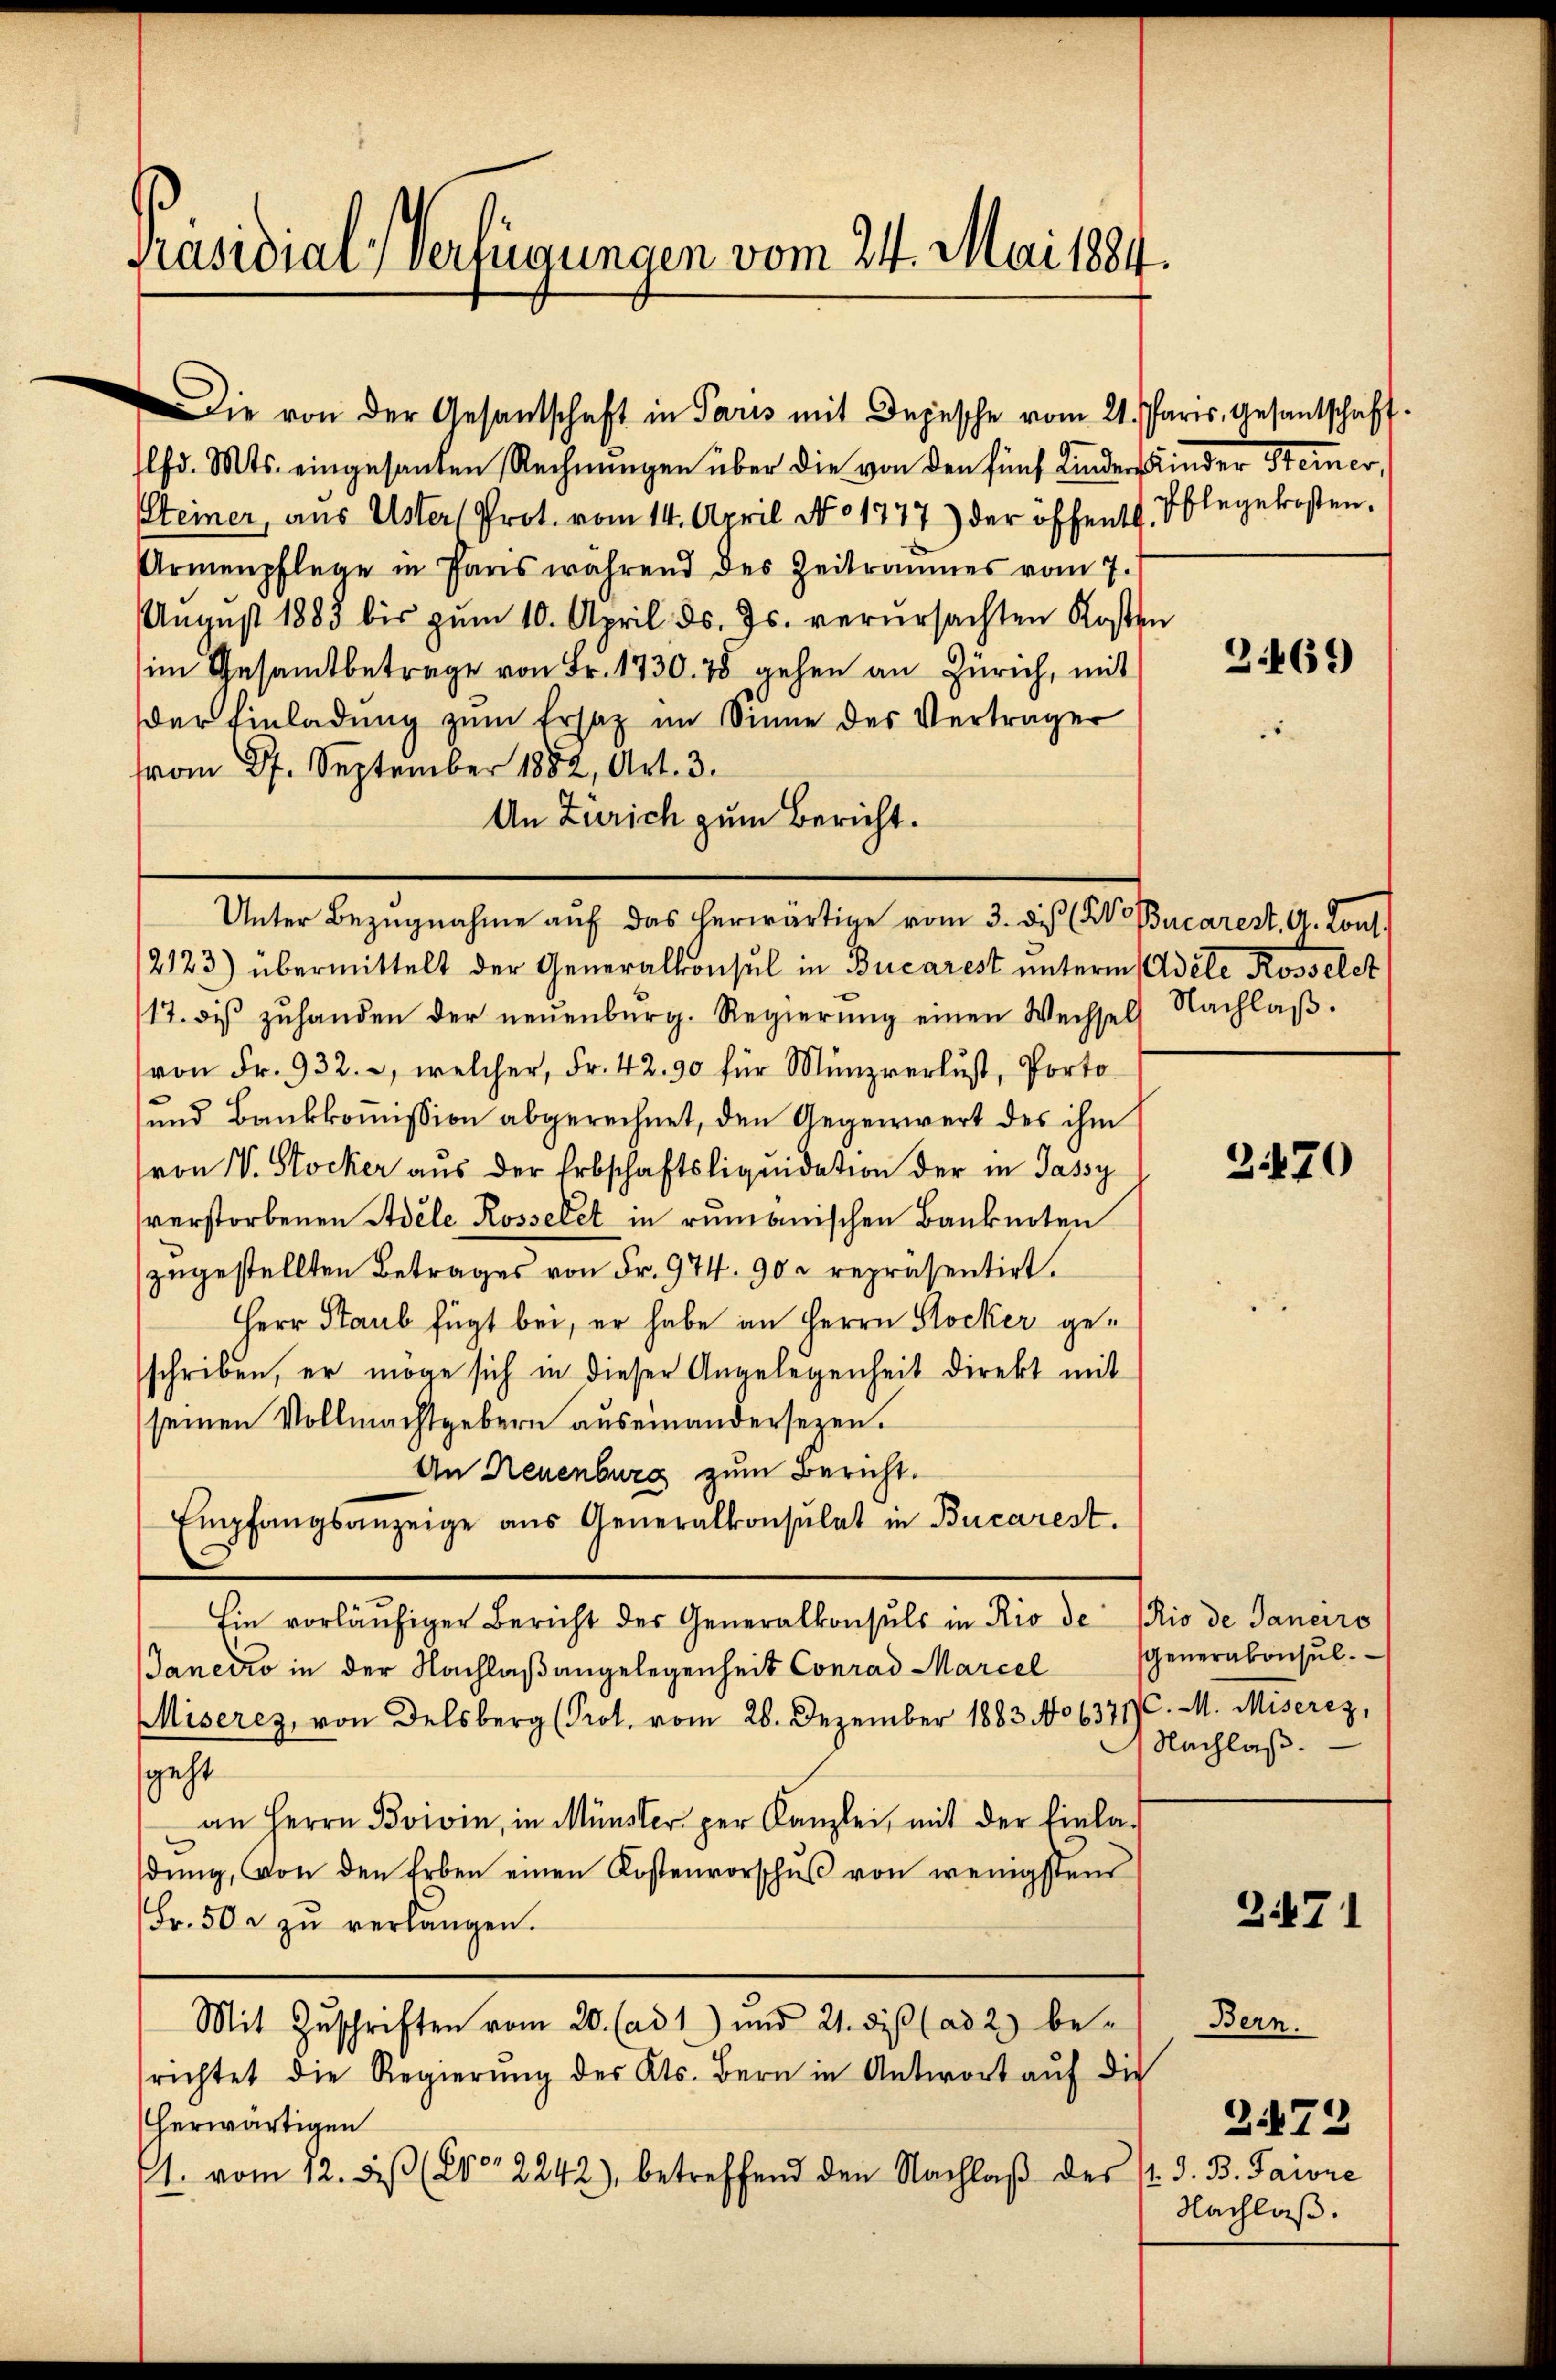
Präsidial-Verfügungen vom 24. Mai 1884.

lfd. Mts. eingesanten Rechnŭngen über die von den fünf Kinder Kinder Steiner,
Steiner, aus Uster Prot. vom 14. April No 1777) der öffentl. Ablegekosten.
Armenpflege in Paris während des Zeitraumes vom 7.
August 1883 bis zŭm 10. April ds. Js. verursachten Kosten
(im Gesamtbetrage von Fr. 1730. 75 gehen an Zürich, mit
der Einladung zŭm Ersatz im Sinne des Verträger
vom 27. September 1852, Art. 3.
An Zürich zum Bericht.
2123) übermittelt der Generalkonsul in Bucarest unterm Adele Rosselet
17. diβ zŭhanden der neŭenbŭrg. Regierŭng einen Wechsel Nachlaβ.
von Fr. 932., welcher, Fr. 42. 90 für Münzverlust, Porto
¬
und Bankkommission abgerechnet, den Gegenwert des ihm
von W. Stocker aus der Erbschaftsliquidation der in Jassy
verstorbenen Adele Rosselet in rumänischen Banknoten
zugestellten Betrages von Fr. 974. 90 u repräsentirt.
Herr Staub fügt bei, er habe an Herrn Stocker geschriben, er möge sich in dieser Angelegenheit direkt mit
seinen Vollmachtgebern auseinandersezen.
An Neuenburg zum Bericht.
Empfangsanzeige aus Generalkonsulat in Bucarest.
Ein vorläufiger Bericht der Generalkonsuls in Rio de Rio de Janeiro
Janeiro in der Nachlaßangelegenheit Conrad Marcel
Miseres, von Delsberg (Prot. vom 26. Dezember 1883. No 63717. M. Miserez,
geht
an Herrn Boivin, in Münster per Kanzlei, mit der Einlad
dŭng, von den Erben einen Kostenvorschŭβ von wenigstens
Fr. 50 u zŭ verlangen.
Mit Zuschriften vom 20. (ad 1) und 21. dieß (ad 2) be-
richtet die Regierŭng des Kts. Bern in Antwort aŭf die
herwärtigen
1. vom 12. diβ (vor 2242) betreffend den Nachlaβ des P. d. B. Paivre

Die von der Gesandschaft in Paris mit Depesche vom 21. Paris, Gesantschaft

Unter Bezugnahme auf das herwärtige vom 3. dis (Bucarest, A. Kons.

Bern.

2469

2170

Generakonsul
Nachlaß.

d

2471

272
Nachlaß.